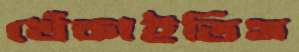
খেঁকাইতিস